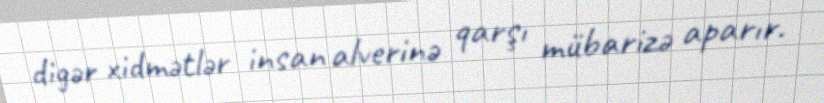
digər xidmətlər insan alverinə qarşı mübarizə aparır.